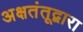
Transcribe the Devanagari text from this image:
अक्षतंतूद्वारा